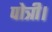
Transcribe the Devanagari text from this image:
पोत्री।